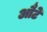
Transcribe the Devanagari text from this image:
औटे